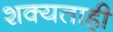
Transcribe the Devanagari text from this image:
शक्‍यताही